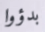
بدؤوا